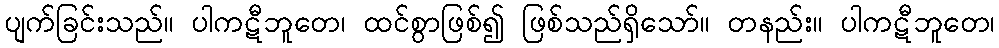
ပျက်ခြင်းသည်။ ပါကဋီဘူတေ၊ ထင်စွာဖြစ်၍ ဖြစ်သည်ရှိသော်။ တနည်း။ ပါကဋီဘူတေ၊